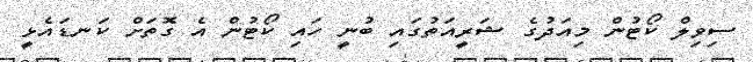
ސިވިލް ކޯޓުން މިއަދުގެ ޝަރީއަތުގައި ބުނީ ހައި ކޯޓުން އެ ގޮތަށް ކަނޑައެޅީ